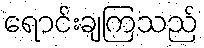
ရောင်းချကြသည်